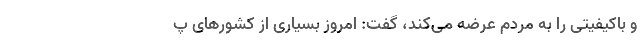
و باکیفیتی را به مردم عرضه می‌کند، گفت: امروز بسیاری از کشورهای پ